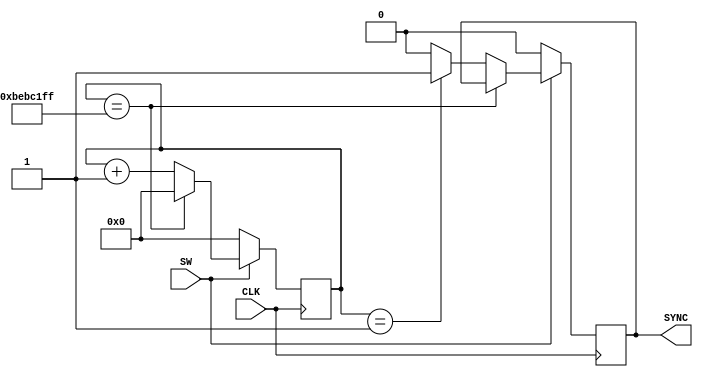
`timescale 1ns / 1ps
//////////////////////////////////////////////////////////////////////////////////
// Company: 
// Engineer: 
// 
// Design Name: 
// Module Name: my_syncgen
// Project Name: 
// Target Devices: 
// Tool Versions: 
// Description: generate 1pulse SYNC output at 160MHz
// 
// Dependencies: 
// 
// Revision:
// Revision 0.01 - File Created
// Additional Comments:
// 
//////////////////////////////////////////////////////////////////////////////////


module my_syncgen(
    input wire CLK,
    input wire SW,
    output wire SYNC
    );

parameter CNT_1SEC = 28'd199999999;
reg [27:0] cnt = 28'b0;
reg r_sync = 1'b0;
always @(posedge CLK) begin
    if (SW == 1'b1) begin
        if (cnt == CNT_1SEC) begin
            cnt <= 28'b0;
        end
        else begin
            cnt <= cnt + 1'b1;
            if (cnt == 28'b1) begin
                r_sync <= 1'b1;
            end
            else begin
                r_sync <= 1'b0;
            end
        end
    end
    else begin
        cnt <= 1'b0;
        r_sync <= 1'b0;
    end
end

assign SYNC = r_sync;

endmodule